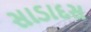
સાડાદસ